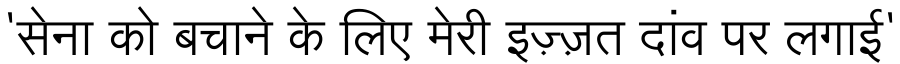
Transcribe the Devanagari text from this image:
'सेना को बचाने के लिए मेरी इज़्ज़त दांव पर लगाई'